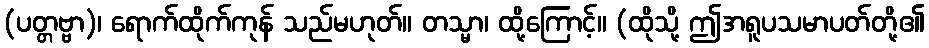
(ပတ္တဗ္ဗာ)၊ ရောက်ထိုက်ကုန် သည်မဟုတ်။ တသ္မာ၊ ထို့ကြောင့်။ (ထိုသို့ ဤအရူပသမာပတ်တို့၏